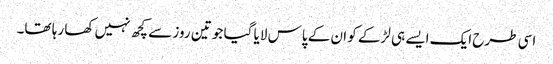
اسی طرح ایک ایسے ہی لڑکے کو ان کے پاس لایا گیا جو تین روز سے کچھ نہیں کھا رہا تھا۔